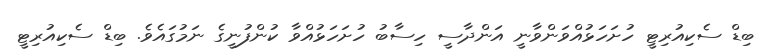
ބިޑް ސެކިއުރިޓީ ހުށަހަޅުއްވަންވާނީ އަންދާސީ ހިސާބު ހުށަހަޅުއްވާ ކުންފުނީގެ ނަމުގައެވެ. ބިޑް ސެކިއުރިޓީ